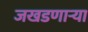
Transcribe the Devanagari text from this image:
जखडणाऱ्या